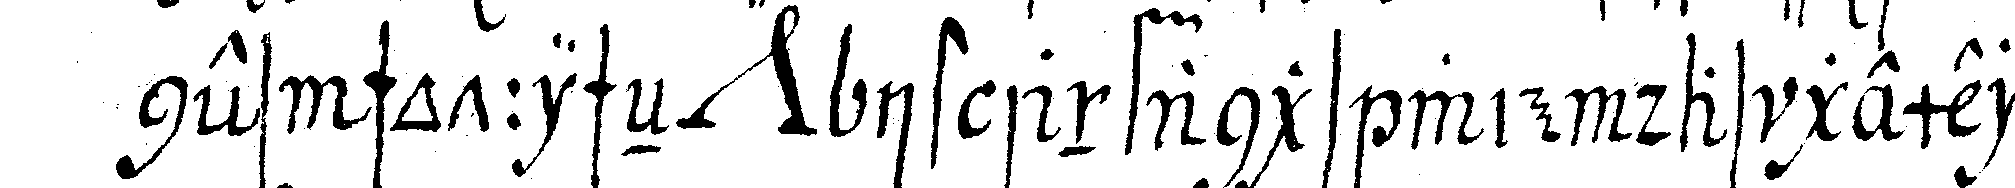
nes schottischeN *nee* ist anfangs wie das gemeine